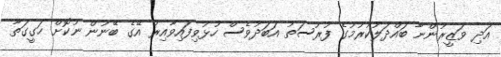
އަދި ވަޒީރުންނާ ބައްދަލުކުރުމުގެ ފުރުސަތު އަބަދުވެސް ހުޅުވިފައިވާއިރު އޭގެ ބޭނުން ނުކޮށް ހަގީގަތާ